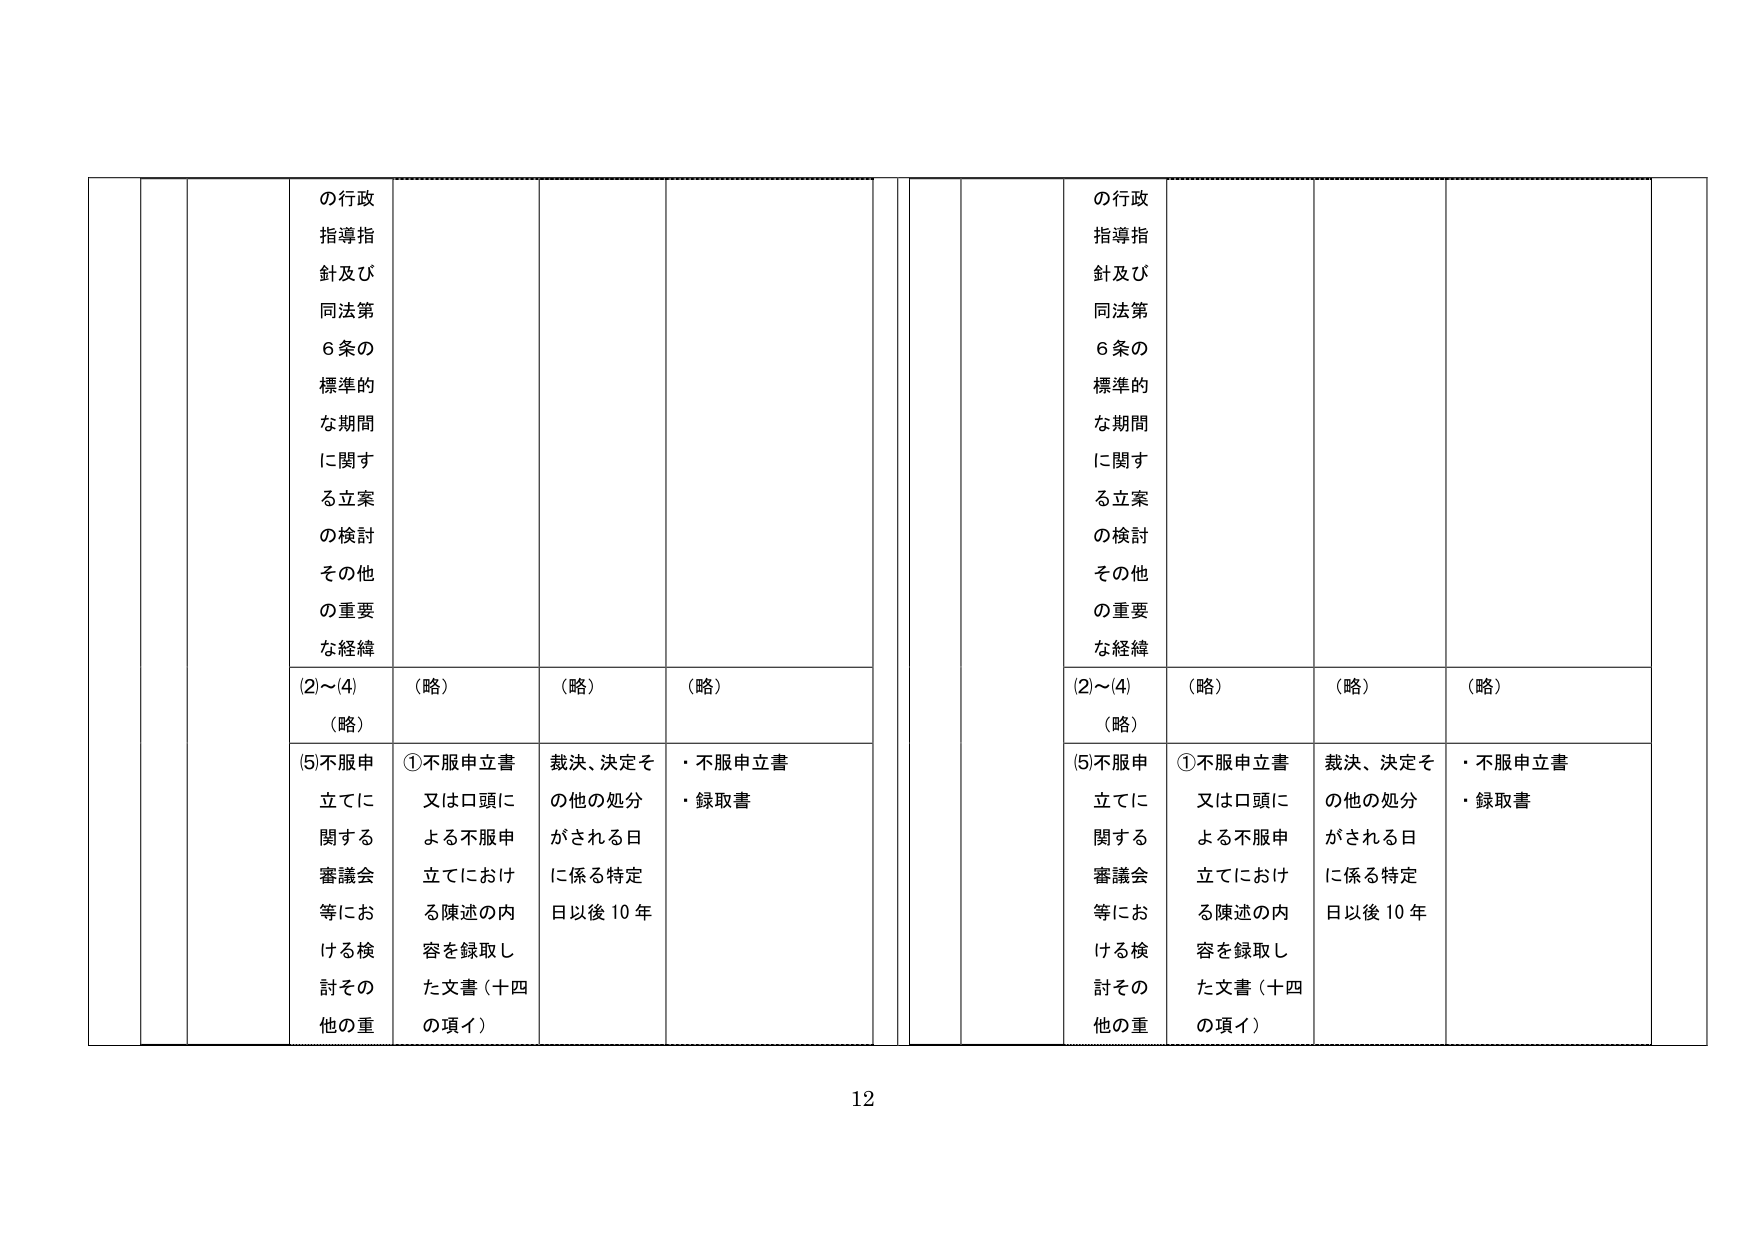
の行政
指導指
針及び
同法第
6条の
標準的
な期間
に関する立案
の検討
その他
の重要
な経緯

(2)～(4)
(略)

(5)不服申
立てに
関する
審議会
等にお
ける検
討その
他の重

(略)

①不服申立書
又は口頭に
よる不服申
立てにおけ
る陳述の内
容を録取し
た文書（十四
の項イ）

(略)

裁決、決定そ
の他の処分
がされる日
に係る特定
日以後10年

(略)

・不服申立書
・録取書

の行政
指導指
針及び
同法第
6条の
標準的
な期間
に関する立案
の検討
その他
の重要
な経緯

(2)～(4)
(略)

(5)不服申
立てに
関する
審議会
等にお
ける検
討その
他の重

(略)

①不服申立書
又は口頭に
よる不服申
立てにおけ
る陳述の内
容を録取し
た文書（十四
の項イ）

(略)

裁決、決定そ
の他の処分
がされる日
に係る特定
日以後10年

(略)

・不服申立書
・録取書

12